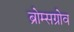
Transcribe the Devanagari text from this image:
ब्रोम्सग्रोव